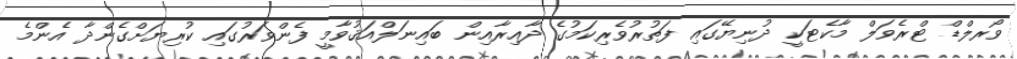
ވޯރލްޑް ޓްރެވަލް މާކެޓަކީ ދުނިޔޭގައި ފަތުރުވެރިކަމުގެ ދާއިރާއިން ބައިނަލްއަޤުވާމީ ފެންވަރުގައި ކުރިޔަށްގެންދާ އެންމެ